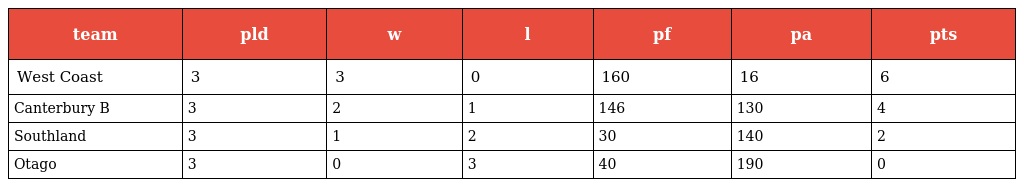
| team | pld | w | l | pf | pa | pts |
 | --- | --- | --- | --- | --- | --- | --- |
 | West Coast | 3 | 3 | 0 | 160 | 16 | 6 |
 | Canterbury B | 3 | 2 | 1 | 146 | 130 | 4 |
 | Southland | 3 | 1 | 2 | 30 | 140 | 2 |
 | Otago | 3 | 0 | 3 | 40 | 190 | 0 |